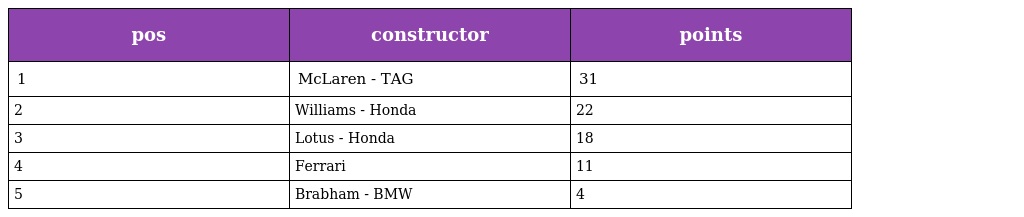
| pos | constructor | points |
 | --- | --- | --- |
 | 1 | McLaren - TAG | 31 |
 | 2 | Williams - Honda | 22 |
 | 3 | Lotus - Honda | 18 |
 | 4 | Ferrari | 11 |
 | 5 | Brabham - BMW | 4 |